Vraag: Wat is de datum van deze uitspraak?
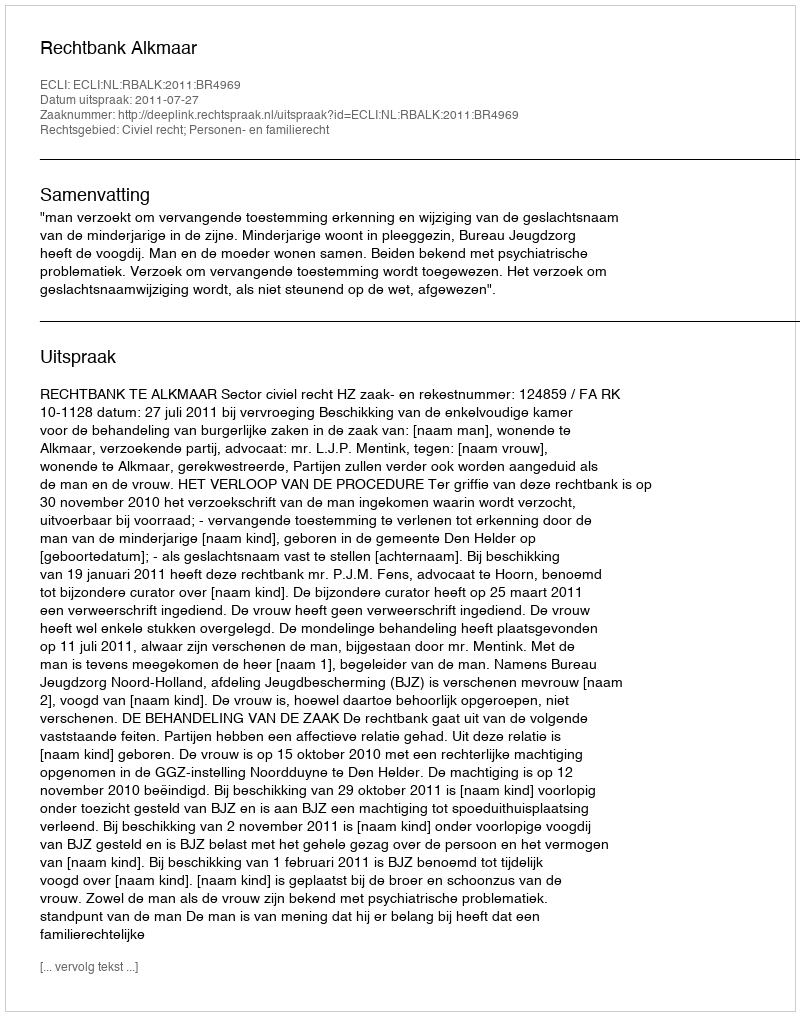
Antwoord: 2011-07-27